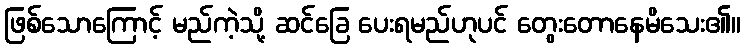
ဖြစ်သောကြောင့် မည်ကဲ့သို့ ဆင်ခြေ ပေးရမည်ဟုပင် တွေးတောနေမိသေး၏။